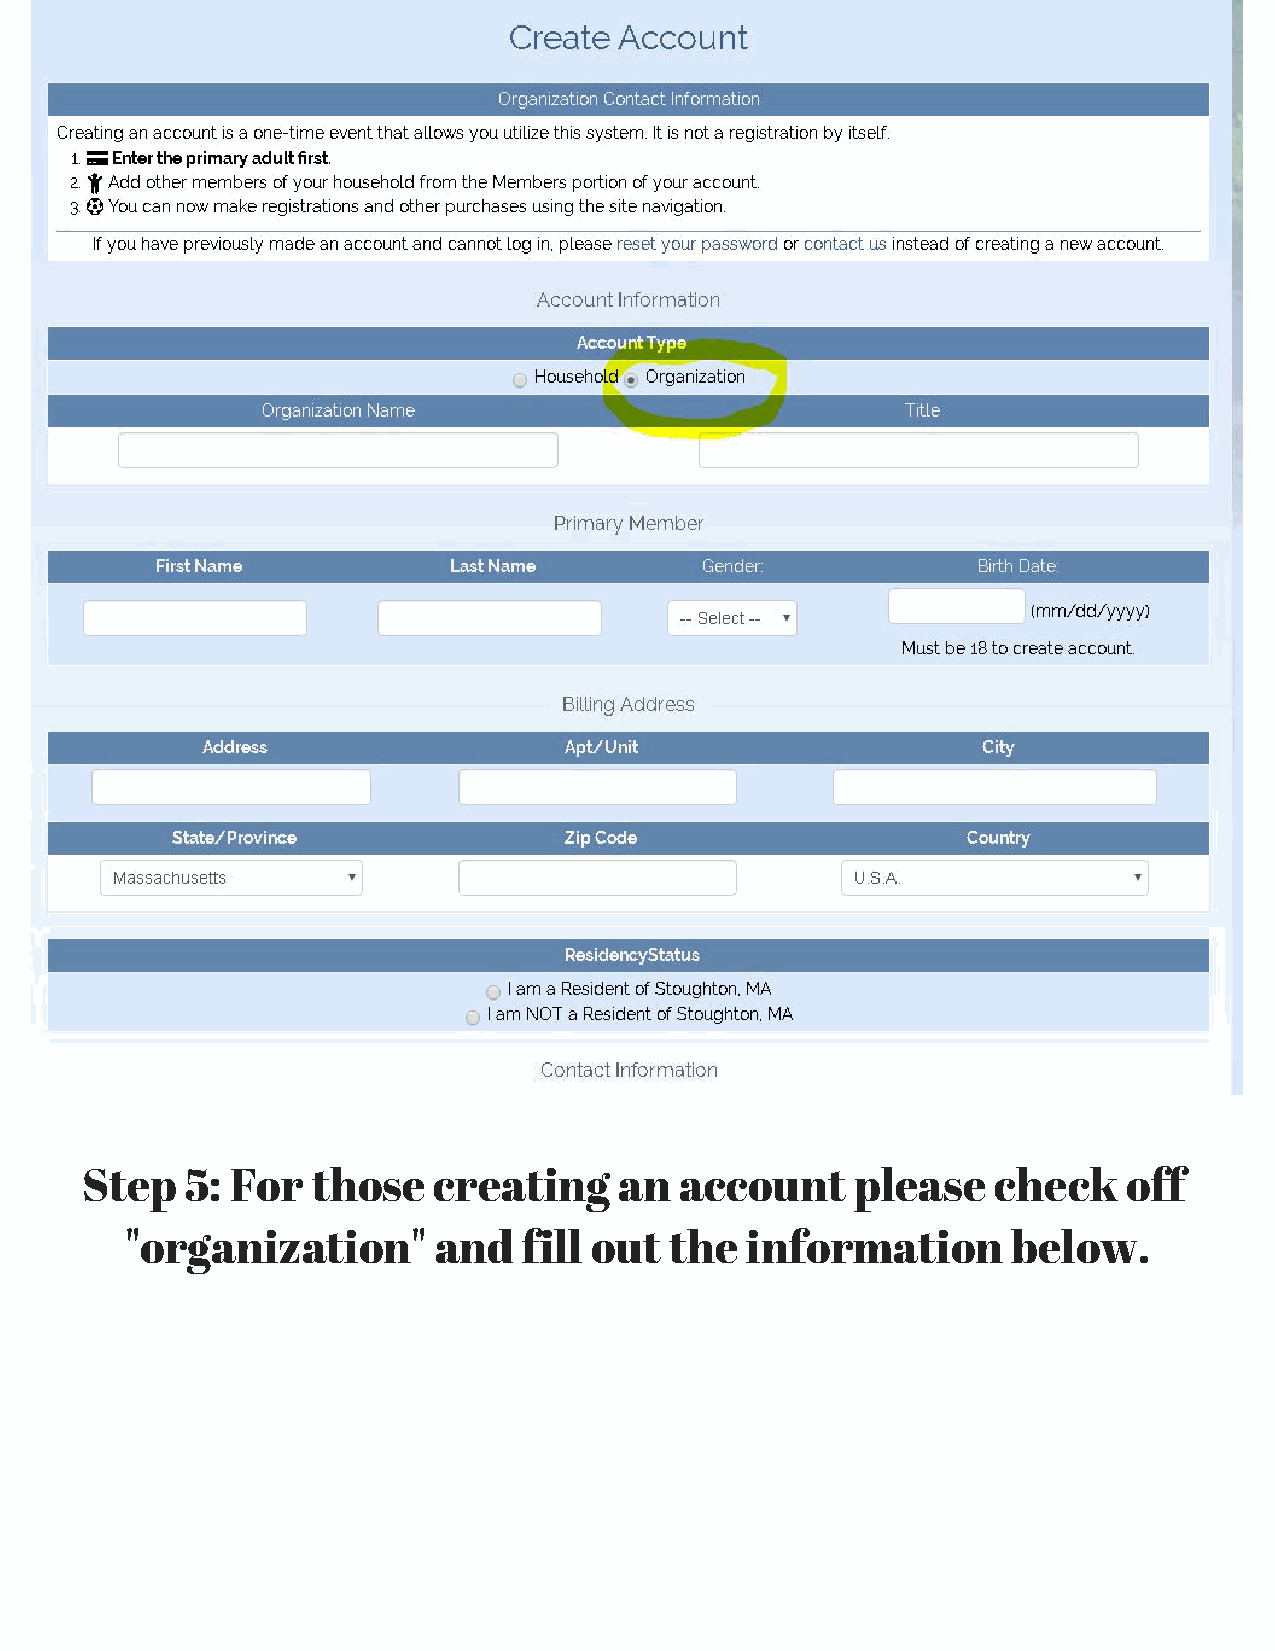
Step   5: For   those   creating    an  account     please   check    off
 "organization"       and   fill out the  information       below.